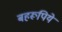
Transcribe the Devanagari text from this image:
बहरूपिये